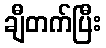
ချီတက်ပြီး